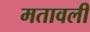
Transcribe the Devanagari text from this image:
मतावली